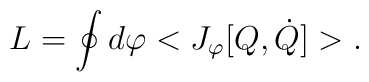
L=\oint d \varphi <J_\varphi [Q,\dot Q]>.